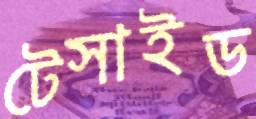
টেসাইড